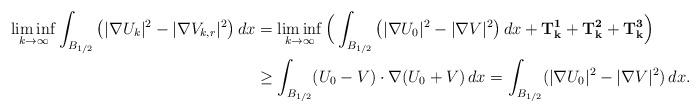
LaTeX: \begin{align*}\liminf_{k\to \infty} \int_{B_{1/2}}\big (|\nabla U_k|^2 - |\nabla V_{k,r}|^2 \big )\,dx &= \liminf_{k\to \infty} \Big ( \int_{B_{1/2}} \big (|\nabla U_0|^2 -|\nabla V|^2 \big )\,dx + \mathbf{T^1_{k}}+\mathbf{T_{k}^2}+\mathbf{T^3_{k}} \Big )\\&\ge \int_{B_{1/2}} (U_0-V)\cdot \nabla (U_0+V) \,dx= \int_{B_{1/2}}(|\nabla U_0|^2-|\nabla V|^2)\,dx.\end{align*}